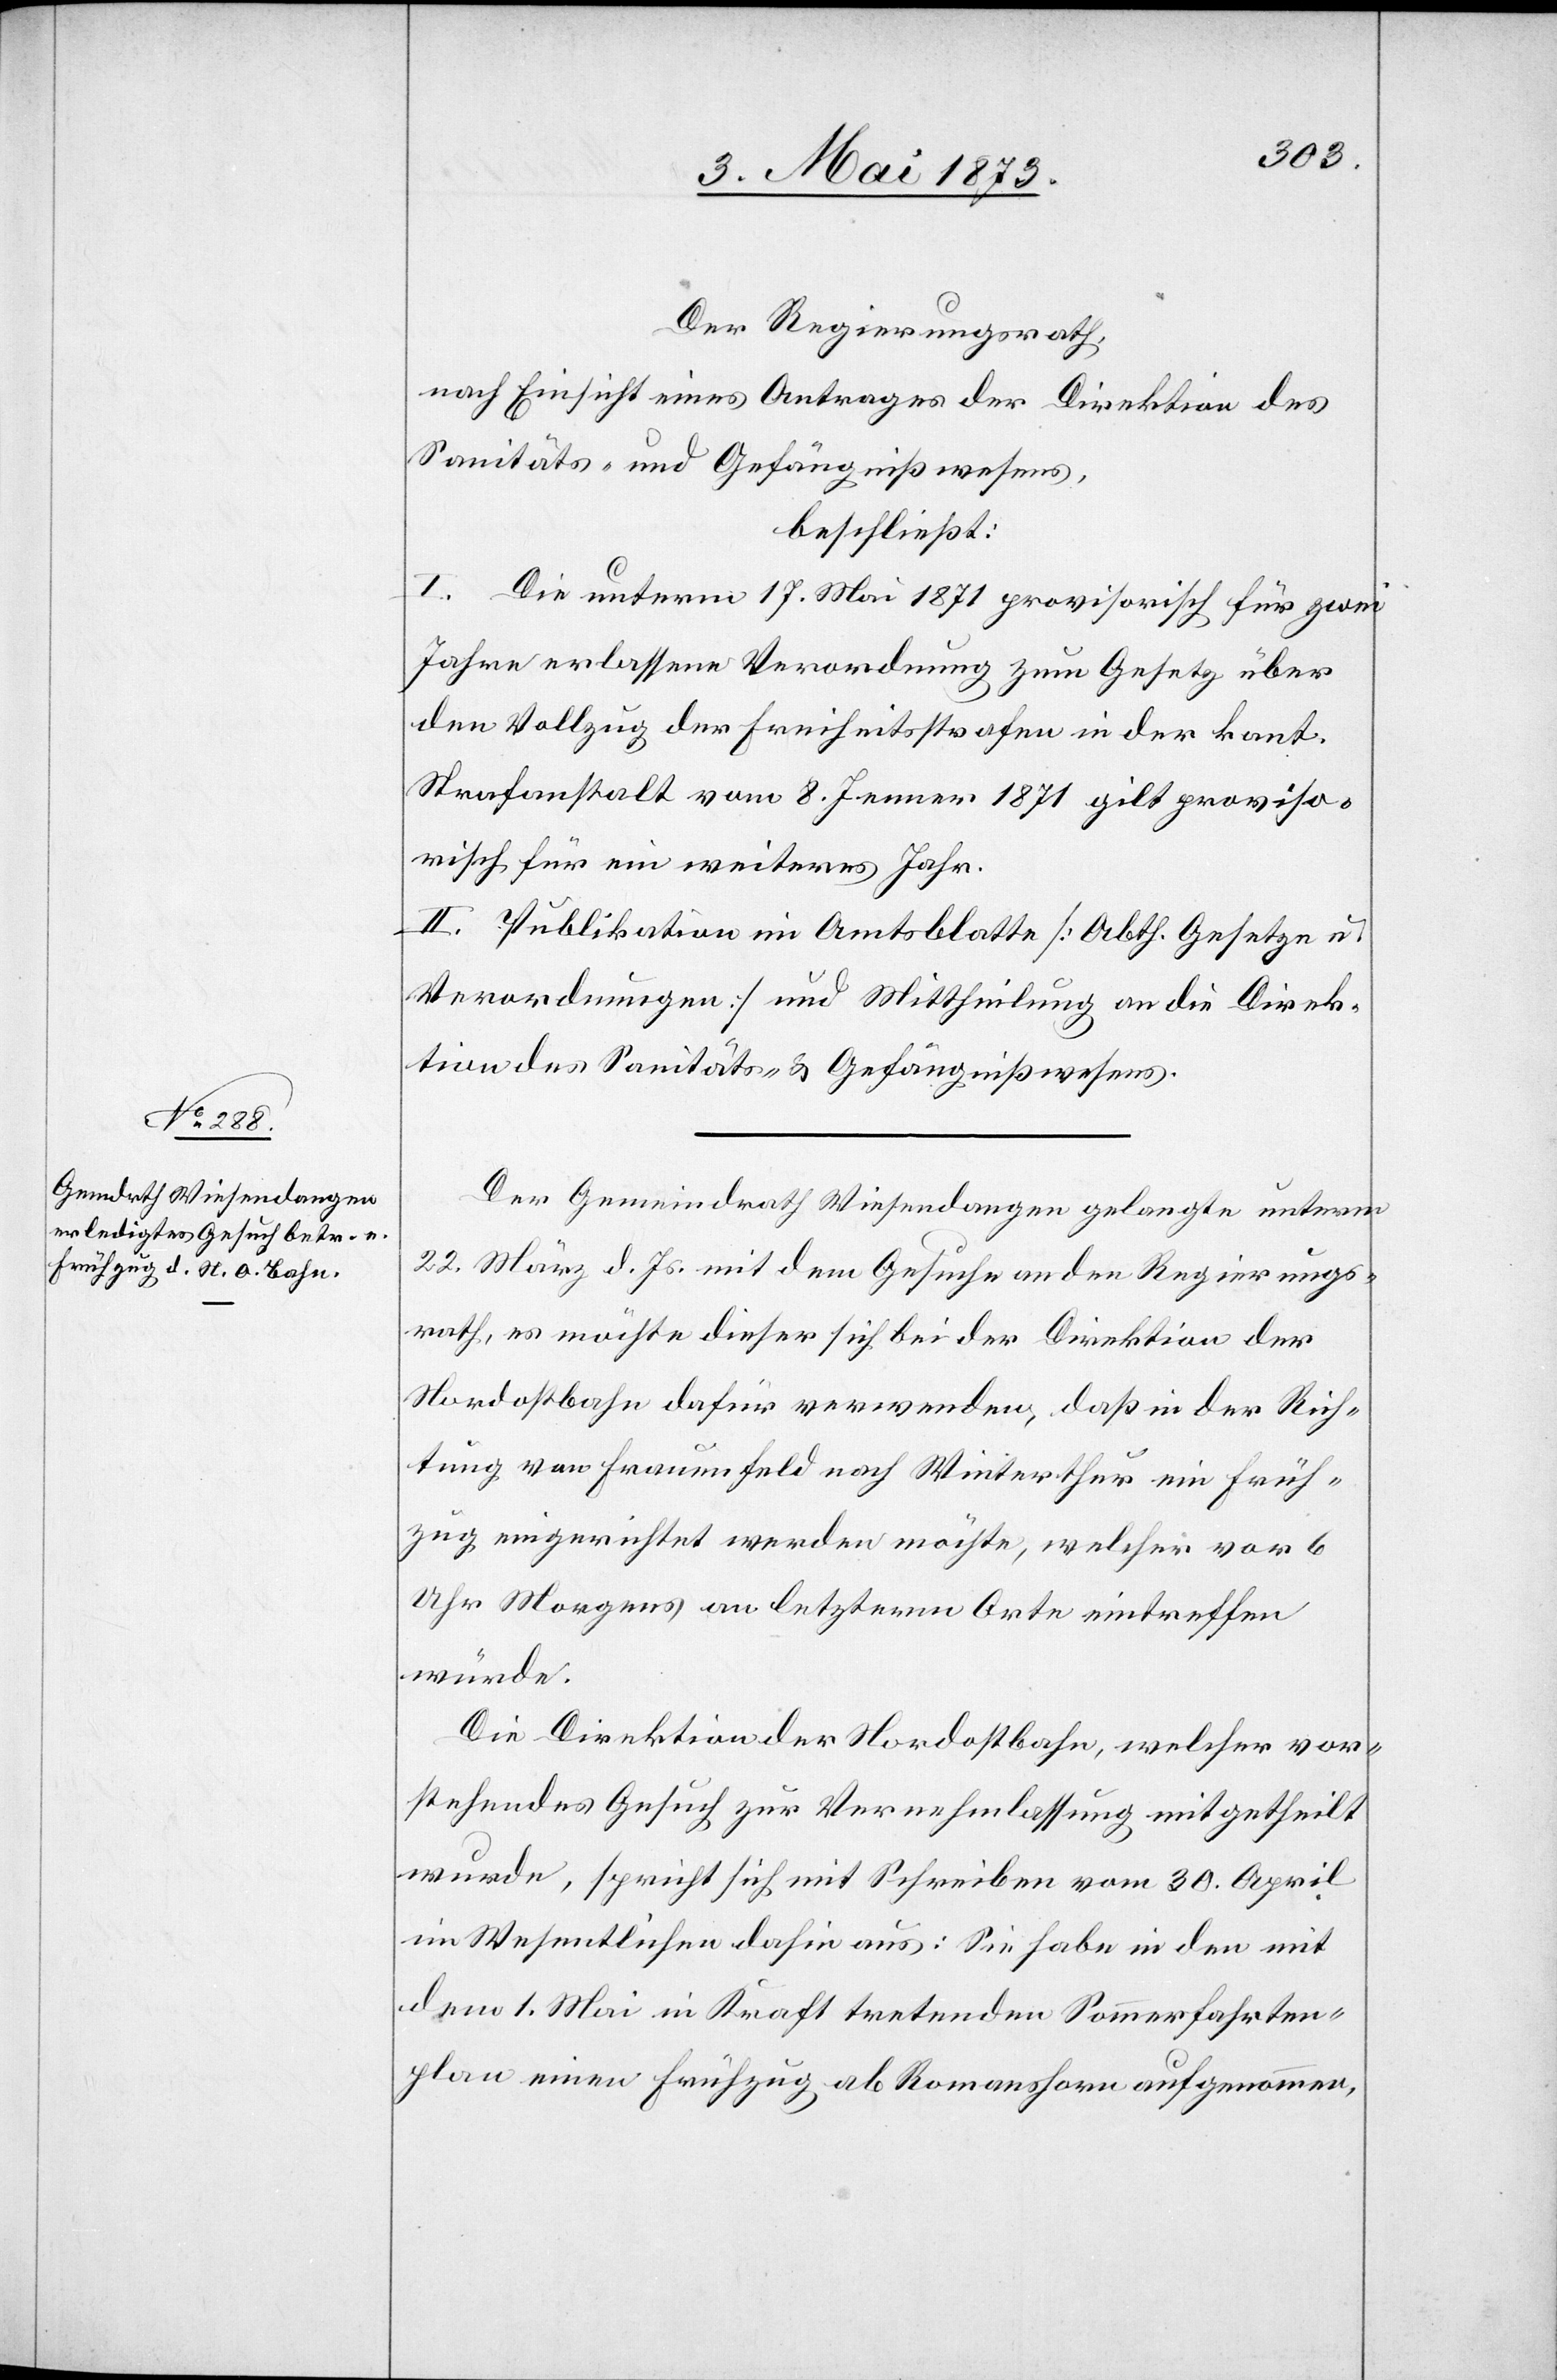
Der Regierungsrath,
nach Einsicht eines Antrages der Direktion des
Sanitäts- und Gefängnißwesens,
beschließt:
I. Die unterm 17. Mai 1871 provisorisch für zwei
Jahre erlassene Verordnung zum Gesetz über
den Vollzug der Freiheitsstrafen in der kant.
Strafanstalt vom 8. Jenner 1871 gilt proviso¬
risch für ein weiteres Jahr.
II. Publikation im Amtsblatte [Abth. Gesetze u.
Verordnungen] und Mittheilung an die Direk¬
tion des Sanitäts- & Gefängnißwesens.
Der Gemeindrath Wiesendangen gelangte unterm
22. März d. Js. mit dem Gesuche an den Regierungs¬
rath, es möchte dieser sich bei der Direktion der
Nordostbahn dafür verwenden, daß in der Rich¬
tung von Frauenfeld nach Winterthur ein Früh¬
zug eingerichtet werden möchte, welcher vor 6
Uhr Morgens an letzterm Orte eintreffen
würde.
Die Direktion der Nordostbahn, welcher vor¬
stehendes Gesuch zur Vernehmlassung mitgetheilt
wurde, spricht sich mit Schreiben vom 30. April
im Wesentlichen dahin aus: Sie habe in den mit
dem 1. Mai in Kraft tretenden Sommerfahrten¬
plan einen Frühzug ab Romanshorn aufgenommen,